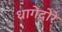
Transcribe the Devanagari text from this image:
धागेदोरे